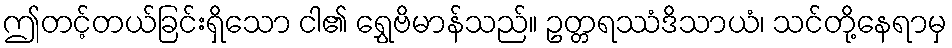
ဤတင့်တယ်ခြင်းရှိသော ငါ၏ ရွှေဗိမာန်သည်။ ဥတ္တရဿံဒိသာယံ၊ သင်တို့နေရာမှ